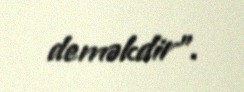
deməkdir".